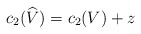
\begin{align*}c_{2}(\widehat{V})=c_{2}(V) +z\end{align*}